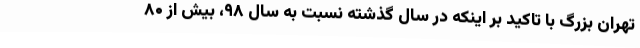
تهران بزرگ با تاکید بر اینکه در سال گذشته نسبت به سال ۹۸، بیش از ۸۰